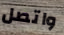
واتصل